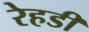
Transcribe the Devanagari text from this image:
रेहडी